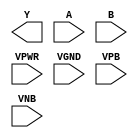
module sky130_fd_sc_lp__nor2 (
    Y   ,
    A   ,
    B   ,
    VPWR,
    VGND,
    VPB ,
    VNB
);

    output Y   ;
    input  A   ;
    input  B   ;
    input  VPWR;
    input  VGND;
    input  VPB ;
    input  VNB ;
endmodule